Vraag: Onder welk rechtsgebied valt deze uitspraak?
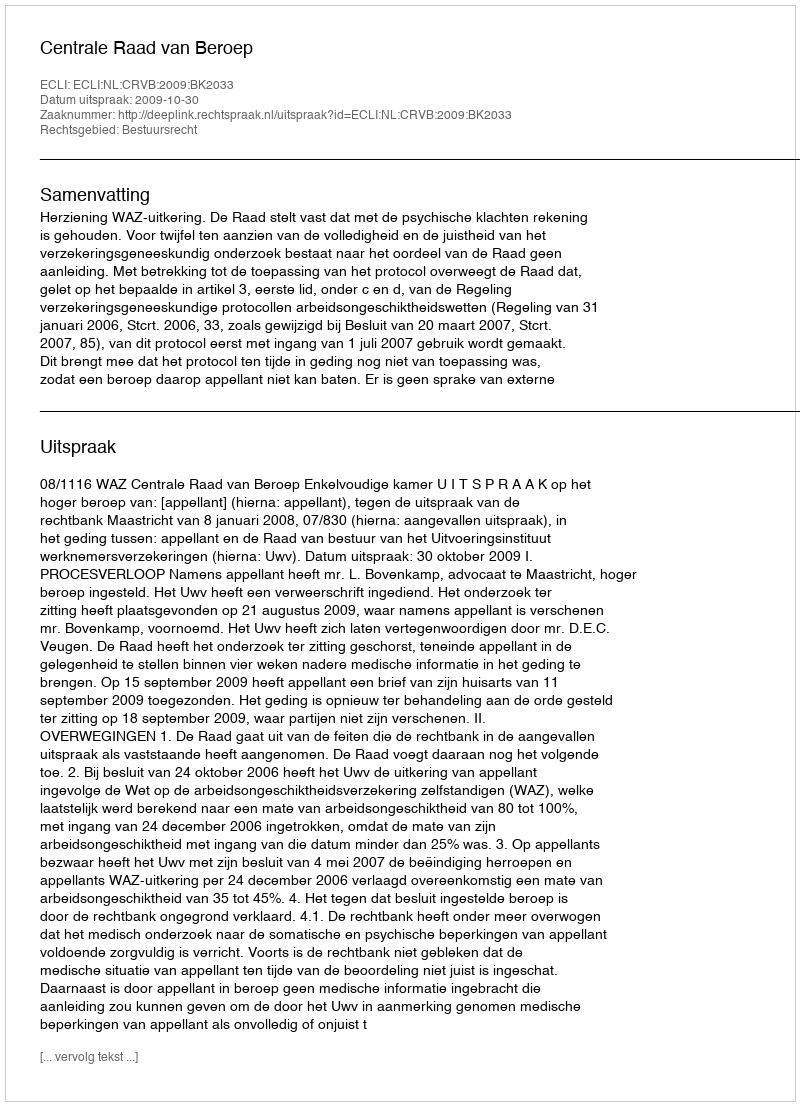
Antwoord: Bestuursrecht